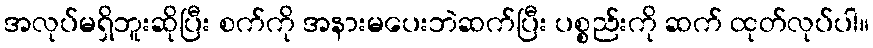
အလုပ်မရှိဘူးဆိုပြီး စက်ကို အနားမပေးဘဲဆက်ပြီး ပစ္စည်းကို ဆက် ထုတ်လုပ်ပါ။